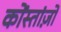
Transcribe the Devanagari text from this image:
कोंस्तांज़ो